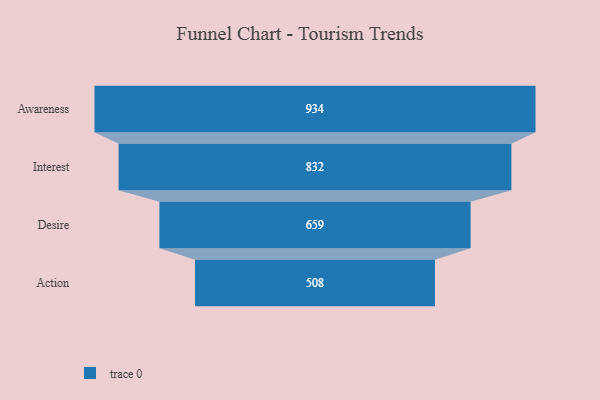
{"axis": {"x": "Stage", "y": "Value"}, "legend": [""], "data": [{"x": "Awareness", "y": 934.0, "type": ""}, {"x": "Interest", "y": 832.0, "type": ""}, {"x": "Desire", "y": 659.0, "type": ""}, {"x": "Action", "y": 508.0, "type": ""}]}